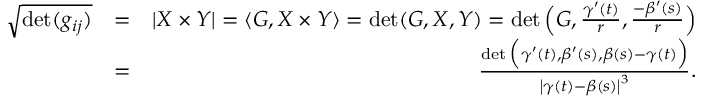
\begin{array} { r l r } { \sqrt { \operatorname* { d e t } ( g _ { i j } ) } } & { = } & { | X \times Y | = \langle G , X \times Y \rangle = \operatorname* { d e t } ( G , X , Y ) = \operatorname* { d e t } \Big ( G , \frac { \gamma ^ { \prime } ( t ) } { r } , \frac { - \beta ^ { \prime } ( s ) } { r } \Big ) } \\ & { = } & { \frac { \operatorname* { d e t } \Big ( \gamma ^ { \prime } ( t ) , \beta ^ { \prime } ( s ) , \beta ( s ) - \gamma ( t ) \Big ) } { \left\vert \gamma ( t ) - \beta ( s ) \right\vert ^ { 3 } } . } \end{array}